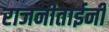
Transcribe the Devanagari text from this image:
राजनीताईनी